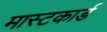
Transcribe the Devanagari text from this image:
मास्टकार्ड